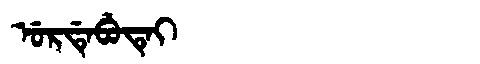
Manchu: ᡠᡵᡩᡝᠪᡠᡨᡝᡳ
Romanization: URDEBUTEI